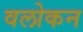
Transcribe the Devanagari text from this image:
वलोकन